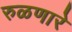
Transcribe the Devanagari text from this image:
रुळणारे